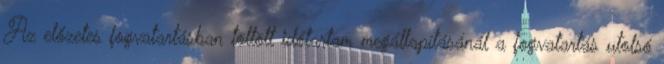
Az előzetes fogvatartásban töltött időtartam megállapításánál a fogvatartás utolsó